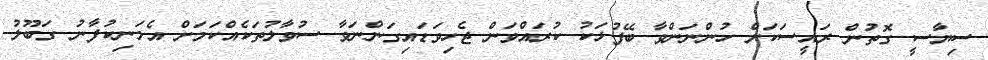
ސިޔާސީ ގޮތުން ރައީސަކަށް ހުންނަންވާ ބޭފުޅަކު ކުރައްވަން ޖެހިވަޑައިގަންނަވާ ސުވާލުތަކެއްކަމަށް އެމަނިކުފާނު ގަބޫލު